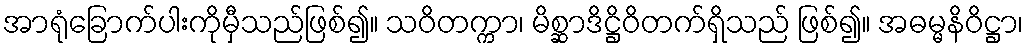
အာရုံခြောက်ပါးကိုမှီသည်ဖြစ်၍။ သဝိတက္ကာ၊ မိစ္ဆာဒိဋ္ဌိဝိတက်ရှိသည် ဖြစ်၍။ အဓမ္မနိဝိဋ္ဌာ၊